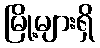
မြို့များရှိ